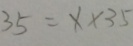
3 5 = x \times 3 5